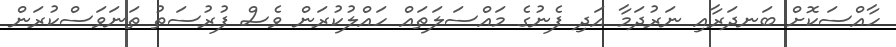
ހާއްސަކޮށް ބަނދަރާއި ނަރުދަމާ އަދި ފެނުގެ މައްސަލަތައް ހައްލުކުރަން ވެސް ފުރުސަތު ތަނަވަސްކުރަން